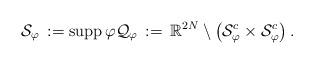
LaTeX: \begin{align*}\mathcal S_\varphi\,:={\rm supp} \,\varphi \mathcal Q_\varphi\,:=\,\mathbb{R}^{2N}\setminus \big(\mathcal S_\varphi^c\times\mathcal S_\varphi^c\big)\,.\end{align*}